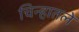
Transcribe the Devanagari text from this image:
चिन्हातले